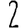
Digit: 2